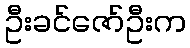
ဦးခင်ဇော်ဦးက